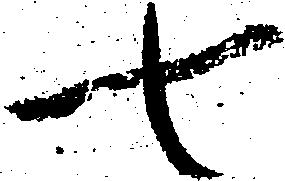
七